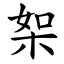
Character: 桇